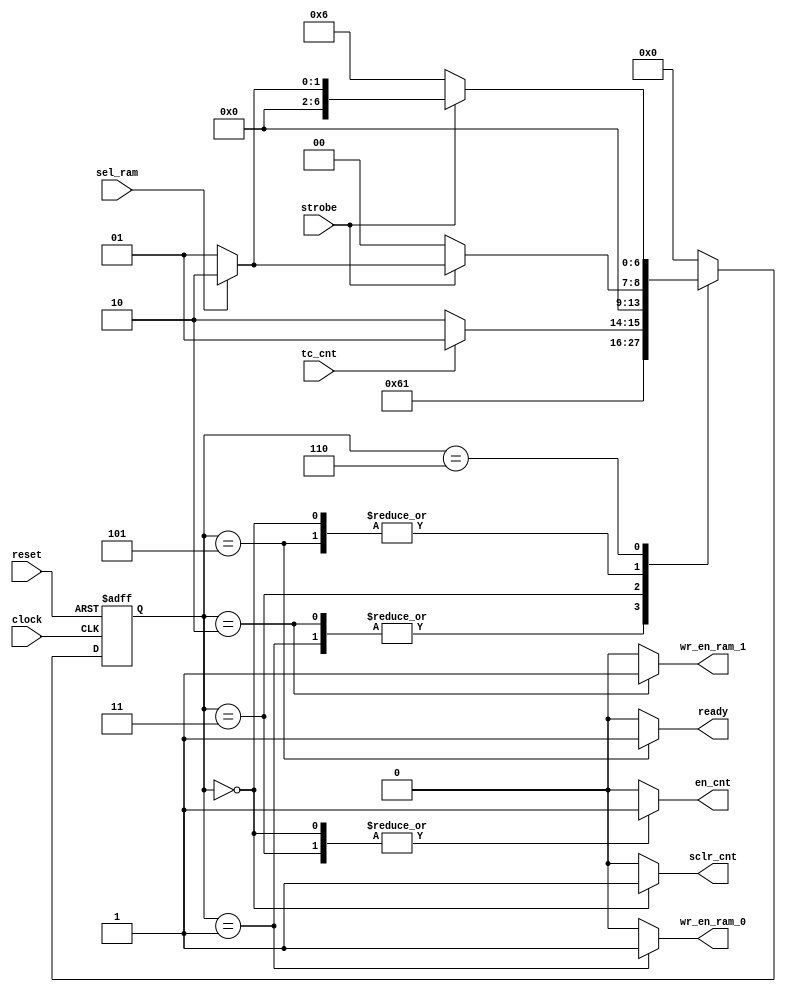
`timescale 1ns / 1ps
//////////////////////////////////////////////////////////////////////////////////
// Company: 
// Engineer: 
// 
// Design Name: 
// Module Name:    fsm_wr_ram_controller 
// Project Name: 
// Target Devices: 
// Tool versions: 
// Description: 
//
// Dependencies: 
//
// Revision: 
// Revision 0.01 - File Created
// Additional Comments: 
//
//////////////////////////////////////////////////////////////////////////////////
module CU_ram_wr_controller(
			    input      clock,
			    input      reset,
			    input      strobe,
			    input      sel_ram,
			    input      tc_cnt,
			    output reg wr_en_ram_0,
			    output reg wr_en_ram_1,
			    output reg en_cnt,
			    output reg sclr_cnt,
			    output reg ready);

   reg [6:0] 			   present_state,next_state;

   //states definition
   parameter RESET_STATE=3'b000,WR_RAM_0=3'b001,WR_RAM_1=3'b010;
   parameter COUNT_EN=3'b011,RAM_FULL=3'b101;
   parameter WAIT_NEW_SAMPLE=3'b110;

   //present_state update 
   always@(posedge reset, posedge clock) begin
   
     if(reset == 1) present_state <= RESET_STATE;
     else  present_state <= next_state ;
   
   end

   //next_state update
   always@(strobe,sel_ram,tc_cnt,present_state) begin
     case(present_state)
       RESET_STATE:  
	 if(strobe == 1) 
	   if(sel_ram == 0)
	     next_state = WR_RAM_0;
	   else
	     next_state = WR_RAM_1;
	 else
	   next_state = RESET_STATE;

       WR_RAM_0:
	 next_state = COUNT_EN;

       WR_RAM_1:
	 next_state = COUNT_EN;

       COUNT_EN:
	 if(tc_cnt == 1)
	   next_state = RAM_FULL;
	 else
	   next_state = WAIT_NEW_SAMPLE;
       
       RAM_FULL:
	 if(strobe == 1) 
	   if(sel_ram == 0)
	     next_state = WR_RAM_0;
	   else
	     next_state = WR_RAM_1;
	 else
	   next_state = RESET_STATE;
       
       WAIT_NEW_SAMPLE:
	 if(strobe == 1) 
	   if(sel_ram == 0)
	     next_state = WR_RAM_0;
	   else
	     next_state = WR_RAM_1;
	 else
	   next_state = WAIT_NEW_SAMPLE;
       
	 default: next_state=RESET_STATE;
     endcase
   end // always@ (strobe,sel_ram,tc_cnt,present_state)
   

   //Output Generation
   always@(present_state) begin
      sclr_cnt = 0;
      en_cnt = 0;
      wr_en_ram_0 = 0;
      wr_en_ram_1 = 0;
      ready=0;		 
      
      case (present_state)

	RESET_STATE: begin
	   sclr_cnt = 1'b1;
	   en_cnt = 1'b1;
	end
	
	WR_RAM_0:
	  wr_en_ram_0 = 1'b1;

	WR_RAM_1:
	  wr_en_ram_1 = 1'b1;

	COUNT_EN:
	  en_cnt = 1'b1;
       
	RAM_FULL:
	  ready =  1'b1;
       
	WAIT_NEW_SAMPLE:
	  ready = 1'b0;
	  
      endcase
      
   end // always@ (present_state)

   
endmodule